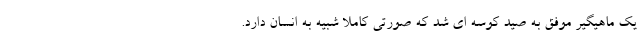
یک ماهیگیر موفق به صید کوسه ای شد که صورتی کاملا شبیه به انسان دارد.